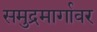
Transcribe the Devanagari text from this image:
समुद्रमार्गावर